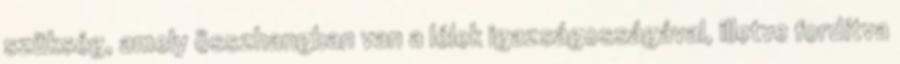
szükség, amely összhangban van a lélek igazságosságával, illetve fordítva